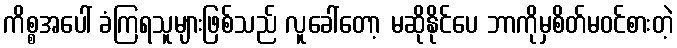
ကိစ္စအပေါ် ခံကြရသူများဖြစ်သည် လူခေါ်တော့ မဆိုနိုင်ပေ ဘာကိုမှစိတ်မဝင်စားတဲ့